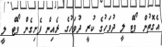
އެގޮތުން ވޯޓް ލީ ދުވަހުގެ ކުރީ ދުވަހުގެ ރެއިން ފެށިގެން ވޯޓް ލީ